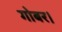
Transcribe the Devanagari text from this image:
गोबर।